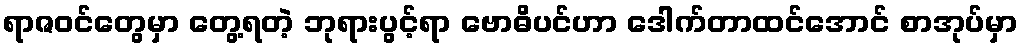
ရာဇဝင်တွေမှာ တွေ့ရတဲ့ ဘုရားပွင့်ရာ ဗောဓိပင်ဟာ ဒေါက်တာထင်အောင် စာအုပ်မှာ